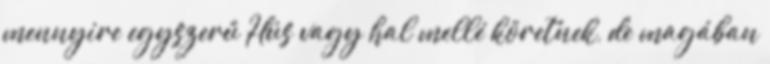
mennyire egyszerű Hús vagy hal mellé köretnek, de magában